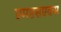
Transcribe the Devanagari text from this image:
एमएसएक्स